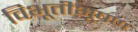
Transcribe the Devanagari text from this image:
विभूतीभूषण